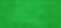
হ